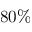
8 0 \%